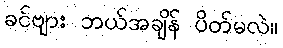
ခင်ဗျား ဘယ်အချိန် ပိတ်မလဲ။